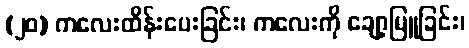
(၂၀) ကလေးထိန်းပေးခြင်း၊ ကလေးကို ချော့မြူခြင်း၊